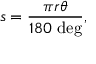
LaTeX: s = { \frac { \pi r \theta } { 1 8 0 \ { \mathrm { d e g } } } } ,